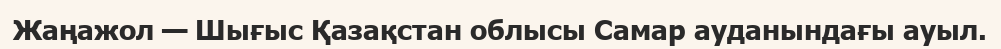
Жаңажол — Шығыс Қазақстан облысы Самар ауданындағы ауыл.